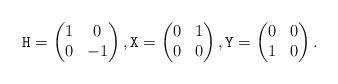
LaTeX: \begin{align*} \mathtt{H} = \begin{pmatrix} 1 & 0 \\ 0 & -1 \end{pmatrix}, \mathtt{X} = \begin{pmatrix} 0 & 1 \\ 0 & 0 \end{pmatrix}, \mathtt{Y} = \begin{pmatrix} 0 & 0 \\ 1 & 0 \end{pmatrix}.\end{align*}